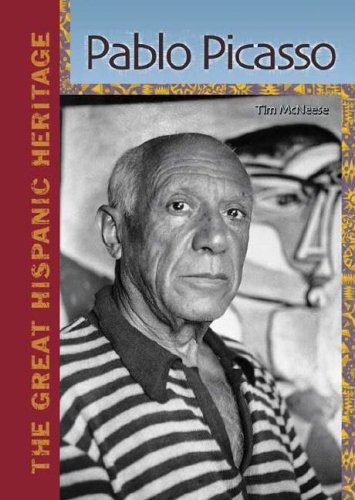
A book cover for Pablo Picasso (Great Hispanic Heritage); Tim McNeese; Teen & Young Adult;